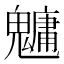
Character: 𩴔